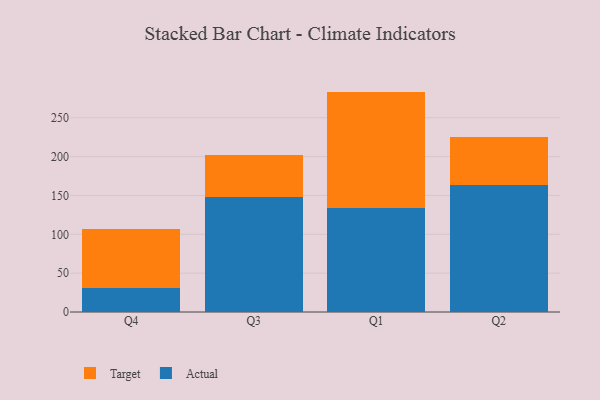
{"axis": {"x": "Quarter", "y": "Production Output"}, "legend": ["Actual", "Target"], "data": [{"x": "Q4", "y": 31.3, "type": "Actual"}, {"x": "Q4", "y": 75.9, "type": "Target"}, {"x": "Q3", "y": 147.8, "type": "Actual"}, {"x": "Q3", "y": 54.2, "type": "Target"}, {"x": "Q1", "y": 133.8, "type": "Actual"}, {"x": "Q1", "y": 149.9, "type": "Target"}, {"x": "Q2", "y": 163.8, "type": "Actual"}, {"x": "Q2", "y": 61.5, "type": "Target"}]}